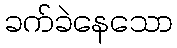
ခက်ခဲနေသော